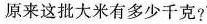
原来这批大米有多少千克？